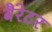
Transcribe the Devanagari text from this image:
बैरेटर